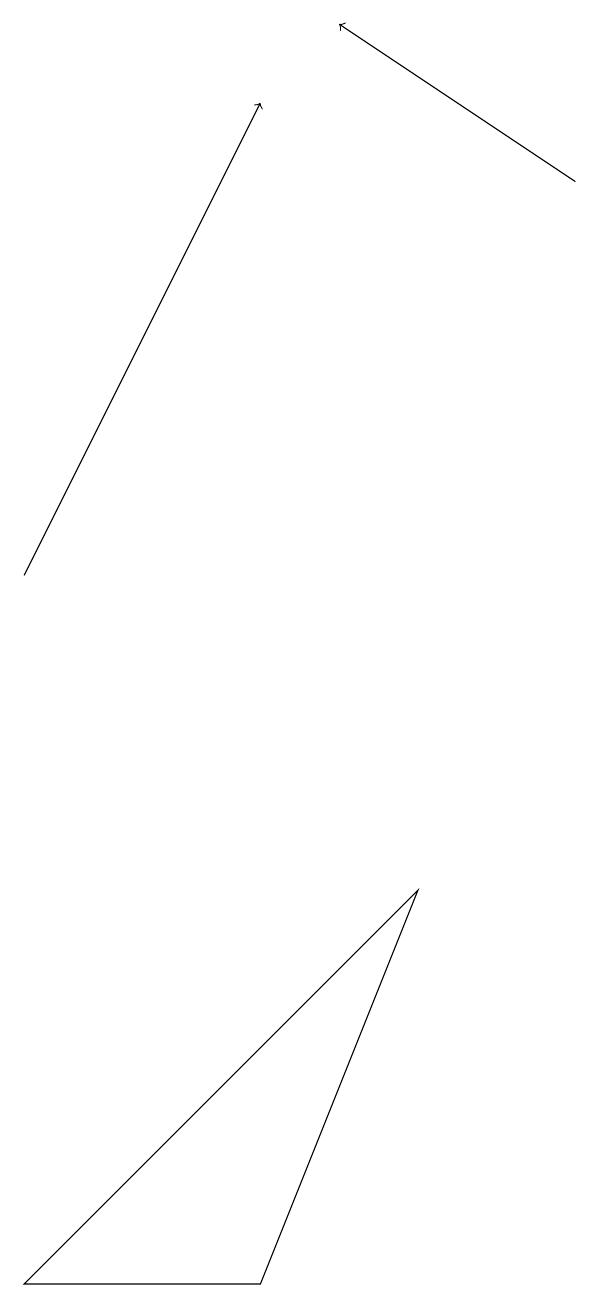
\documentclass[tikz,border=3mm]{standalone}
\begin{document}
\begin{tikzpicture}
\draw (4,1) -- (6,6) -- (1,1) -- cycle;
\draw[->] (1,10) -- (4,16);
\draw[->] (8,15) -- (5,17);
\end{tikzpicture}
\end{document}